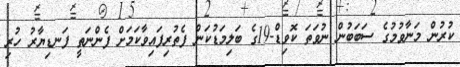
ކުރުން މަނާވުމުގެ ސަބަބުން ނުވަތަ ކޮވިޑް-19ގެ ބަލިމަޑުކަން ފެތުރިފައިވާކަމަށް ފެންނަތީ ފަނޑިޔާރު ހުރި